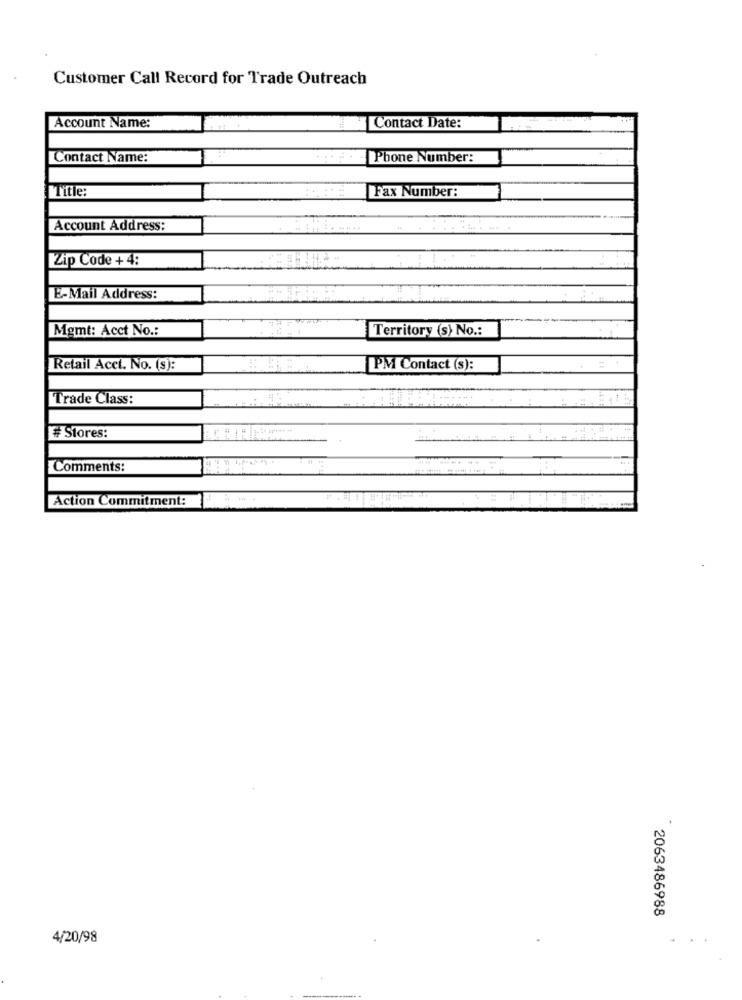
Customer Call Record for Trade Outreach
Contact Date:
Account Name:
Contact Name:
....
Phone Number:
Fax Number:
Account Address:
Zip Code + 4:
E-Mail Address:
Mgmt: Acct No .:
Territory (s) No .:
Retail Acct. No. (9):
PM Contact (s):
Trade Class:
Stores:
Comments:
Action Commitment:
2063486988
4/20/98